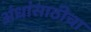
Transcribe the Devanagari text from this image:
अंधांसाठीचा